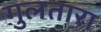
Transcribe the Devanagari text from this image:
गुलतारा